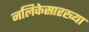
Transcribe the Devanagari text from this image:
नलिकेसारख्या